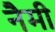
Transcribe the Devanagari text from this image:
नैमी